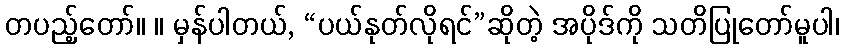
တပည့်တော်။ ။ မှန်ပါတယ်, “ပယ်နုတ်လိုရင်”ဆိုတဲ့ အပိုဒ်ကို သတိပြုတော်မူပါ၊